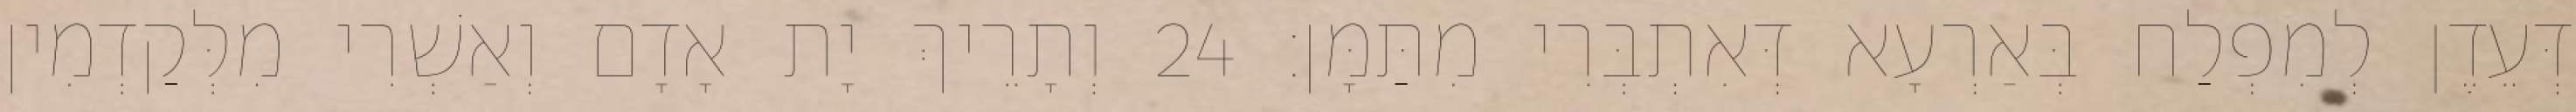
דְּעֵדֶן לְמִפְלַח בְּאַרְעָא דְּאִתְבְּרִי מִתַּמָּן׃ 24 וְתָרֵיךְ יָת אָדָם וְאַשְׁרִי מִלְּקַדְמִין